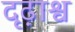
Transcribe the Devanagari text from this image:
दृढ़ाश्व